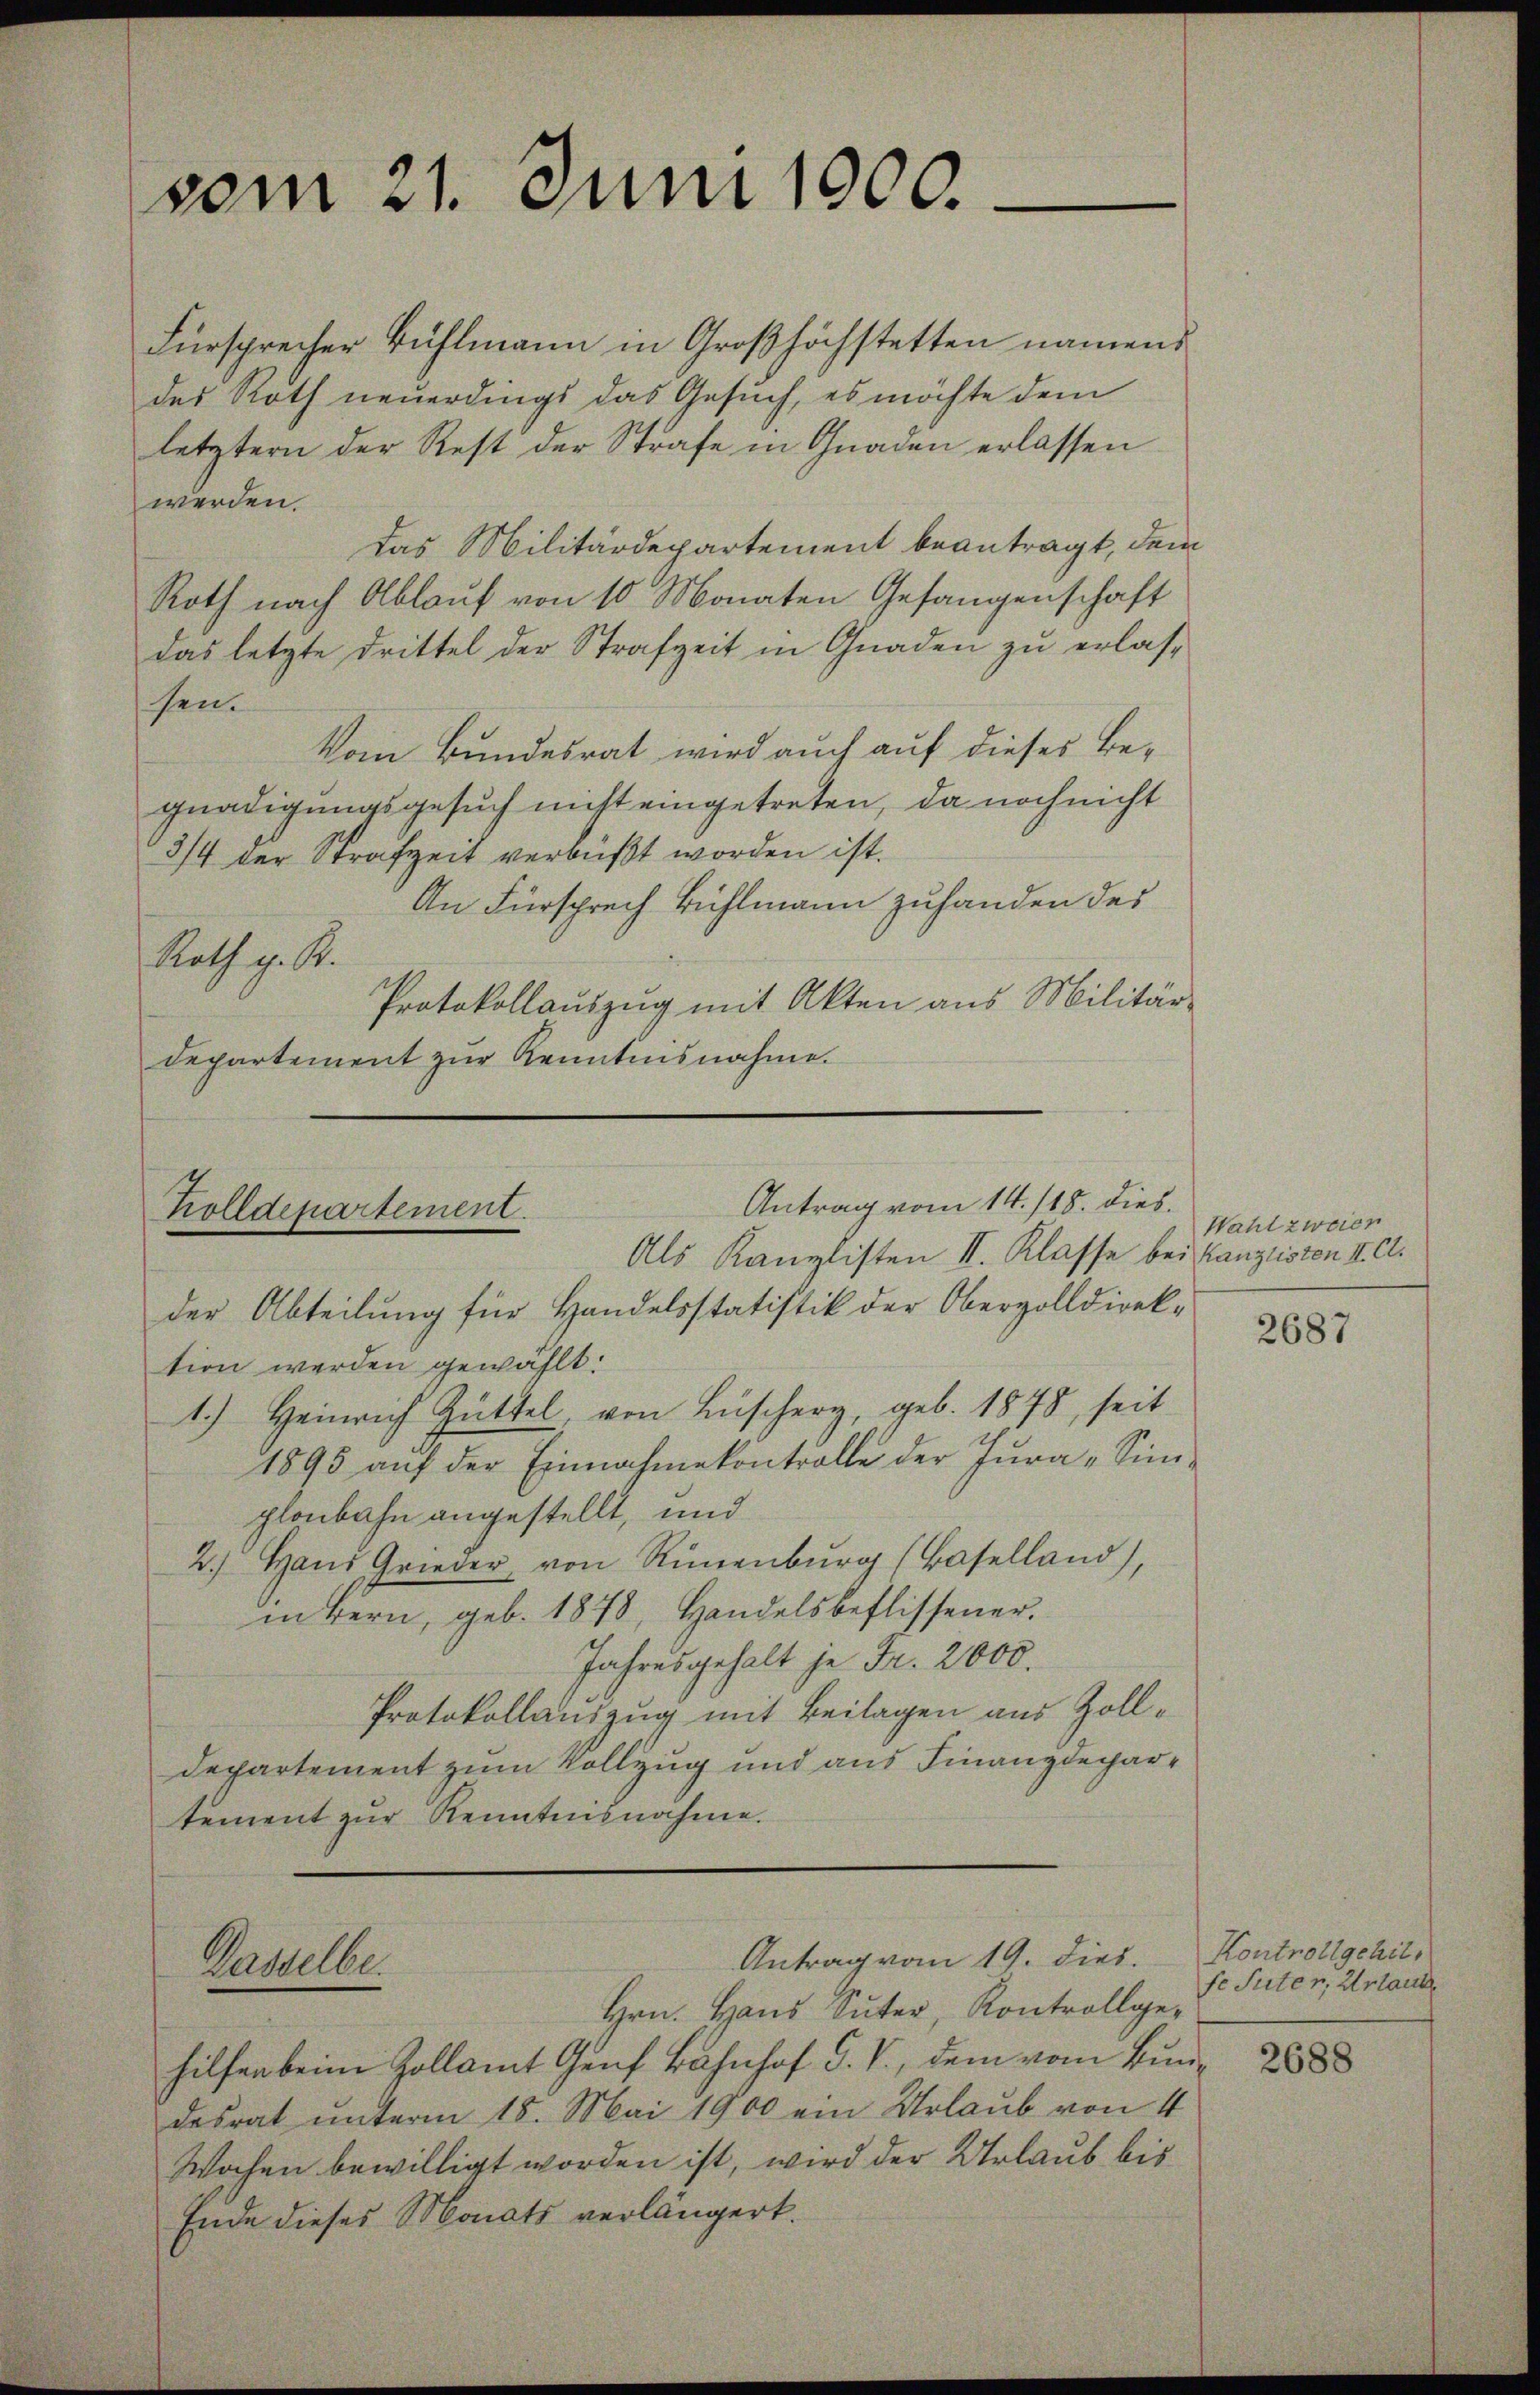
vom 21. Juni 1900.

Fürsprecher Bühlmann in Großhöchstetten namens
des Roth neuerdings das Gesuch, es möchte dem
letztern der Rest der Strafe in Gnaden erlassen
werden.
das Militärdepartement beantragt, dem
Roth nach Ablauf von 10 Monaten Gefangenschaft
das letzte Drittel der Strafzeit in Gnaden zu erlassen.
Vom Bundesrat wird auch auf dieses Begnadigungsgesuch nicht eingetreten, da noch nicht
3/4 der Strafzeit verbüßt worden ist.
An Fürsprech Bühlmann zuhanden des
Roth g. R.
Protokollaŭszŭg mit Akten aus Militär-
departement zŭr Kenntnisnahme.

Antrag vom 14. /18. dies.
Zolldepartement.
Als Kanzlisten II. Klasse bei Canzlisten II. Cl.

der Abteilung für Handelsstatistik der Oberzolldirektion werden gewählt:
1.) Heinrich Hüttel, von Büscher, geb. 1878, seit
1895 auf der Einnahme kontrolle der Jura "Simplonbahn angestellt, und
2.) Hans Grieder, von Rünenburg (Baselland),
in Bern, geb. 1878, Handelsbeflissener.
Jahresgehalt je Fr. 2000.
Protokollauszug mit Beilagen aus Zoll¬
Departement zum Vollzug und aus Finanzdepartement zur Kenntnisnahme.

Antrag vom 19. dies.
Dasselbe.

Hrn. Haus Suter, Kontrollgehilfen beim Zollamt Genf Bahnhof G. V., dem vom Bundesrat unterm 18. Mai 1900 ein Urlaub von 4
Wochen bewilligt worden ist, wird der Urlaub bis
Ende dieses Monats verlängert.

Wahl zweien

2687

Kontrollgehil,
se Suter, Urlaube

2688